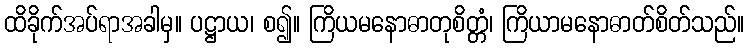
ထိခိုက်အပ်ရာအခါမှ။ ပဋ္ဌာယ၊ စ၍။ ကြိယမနောဓာတုစိတ္တံ၊ ကြိယာမနောဓာတ်စိတ်သည်။